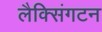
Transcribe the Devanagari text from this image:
लैक्सिंगटन